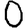
Digit: 0